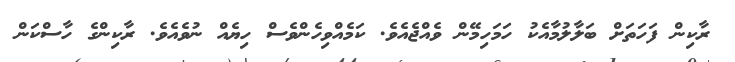
ރާކިން ފަހަތަށް ބަލާލުމާއެކު ހަމަހިމޭން ވެއްޖެއެވެ. ކަމެއްވިހެންވެސް ހިޔެއް ނުވެއެވެ. ރާކިންގެ ހާސްކަން